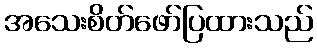
အသေးစိတ်ဖော်ပြထားသည်